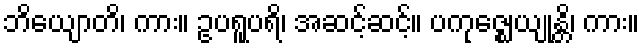
ဘိယျောတိ၊ ကား။ ဥပရူပရိ၊ အဆင့်ဆင့်။ ပကုဇ္ဈေယျုန္တိ၊ ကား။